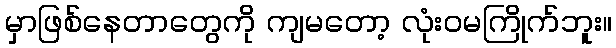
မှာဖြစ်နေတာတွေကို ကျမတော့ လုံးဝမကြိုက်ဘူး။